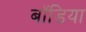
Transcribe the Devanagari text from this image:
बॉडिया